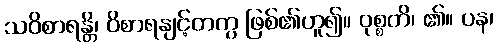
သဝိစာရန္တိ၊ ဝိစာရနျင့်တကွ ဖြစ်၏ဟူ၍။ ဝုစ္စတိ၊ ၏။ ပန၊